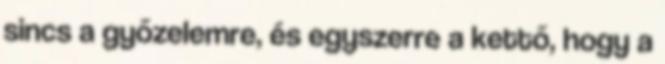
sincs a győzelemre, és egyszerre a kettő, hogy a